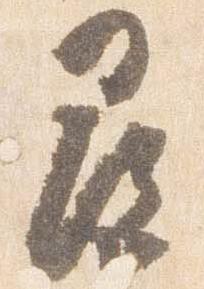
尋